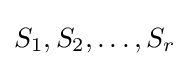
S_{1},S_{2},\ldots ,S_{r}